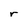
Character: r